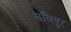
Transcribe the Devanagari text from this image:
ललिपुर